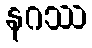
နဂဿ